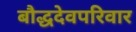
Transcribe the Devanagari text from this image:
बौद्धदेवपरिवार